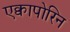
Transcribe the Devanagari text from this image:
एक्वापोरिन